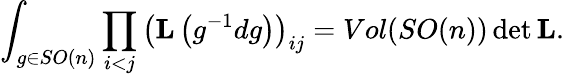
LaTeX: \int_{g\in SO(n)}\prod_{i<j}\left({\mathbf L}\left(g^{-1}dg\right)\right)_{ij}=Vol(SO(n))\operatorname*{det}{\mathbf L}.